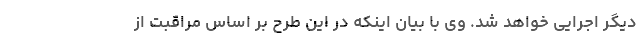
دیگر اجرایی خواهد شد. وی با بیان اینکه در این طرح بر اساس مراقبت از